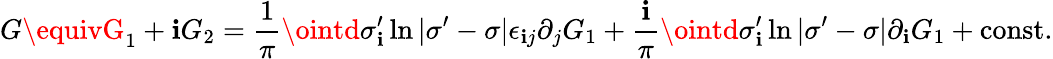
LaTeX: G\equivG_{1}+\mathbf{i}G_{2}=\frac{{1}}{{\pi}}\ointd\sigma_{\mathbf{i}}^{\prime}\ln|\sigma^{\prime}-\sigma|\epsilon_{\mathbf{i}j}\partial_{j}G_{1}+\frac{{\mathbf{i}}}{{\pi}}\ointd\sigma_{\mathbf{i}}^{\prime}\ln|\sigma^{\prime}-\sigma|\partial_{\mathbf{i}}G_{1}+\mathrm{{const.}}